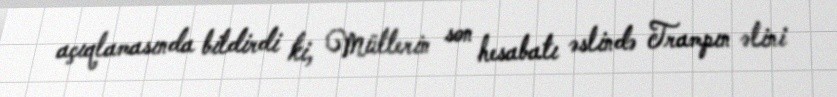
açıqlamasında bildirdi ki, Müllerin son hesabatı əslində Trampın əlini